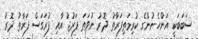
ސަބަބަކީ އަންހެނުންގެ ކުރިމަތިފަރާތު ދޮރު ނުވަތަ ފަރުޖު އާއި ފުރަގަސް ފަރާތު ދޮރު